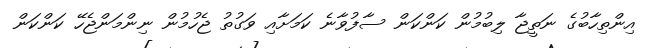
އިންތިހާބުގެ ނަތީޖާ ލިބުމުން ކަންކަން ސާފުވާނެ ކަމަށާއި ވަގުތު ޖެހުމުން ނިންމަންޖެހޭ ކަންކަން